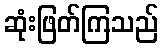
ဆုံးဖြတ်ကြသည်